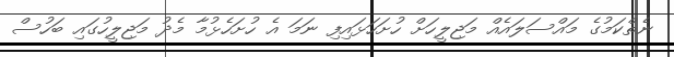
ނެތްކަމުގެ މައްސަލައެއް މަޖިލީހަށް ހުށަހަޅައިފި ނަމަ އެ ހުށަހެޅުމާ މެދު މަޖިލީހުގައި ބަހުސް